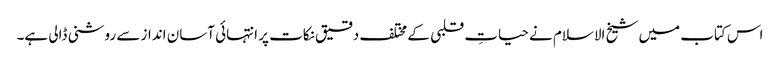
اس کتاب میں شیخ الاسلام نے حیاتِ قلبی کے مختلف دقیق نکات پر انتہائی آسان انداز سے روشنی ڈالی ہے۔